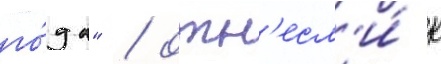
го́да" / отн'есл'и́ к